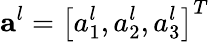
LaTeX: \textbf{a}^{l}=\left[a_{1}^{l},a_{2}^{l},a_{3}^{l}\right]^{T}